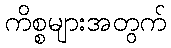
ကိစ္စများအတွက်